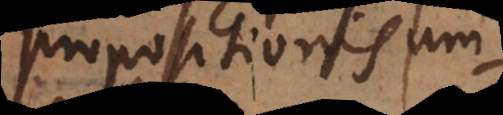
propositio jam